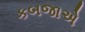
કબજાએ